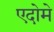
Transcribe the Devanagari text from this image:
एदोमे